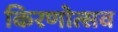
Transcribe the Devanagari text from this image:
किरणोत्सव